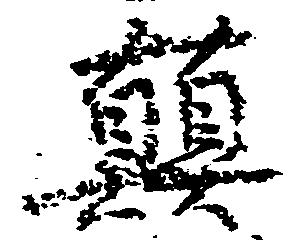
顛